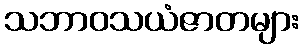
သဘာဝသယံဇာတများ